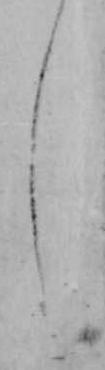
し